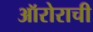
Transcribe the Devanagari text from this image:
ऑरोराची